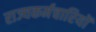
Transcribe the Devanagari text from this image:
राज्यकर्मचारियों